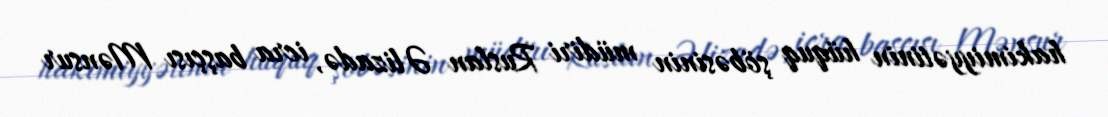
hakimiyyətinin hüquq şöbəsinin müdiri Ruslan Əlizadə, icra başçısı Mənsur